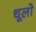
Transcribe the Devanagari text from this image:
धूलो